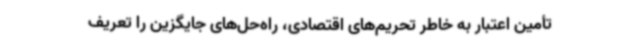
تأمین اعتبار به خاطر تحریم‌های اقتصادی، راه‌حل‌های جایگزین را تعریف